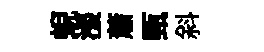
蜺漲蕭甄斜